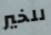
للخير